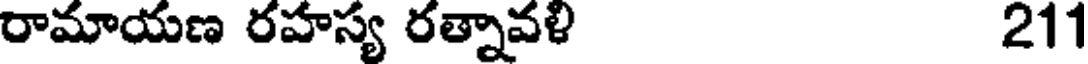
రామాయణ రహస్య రత్నావళి 211